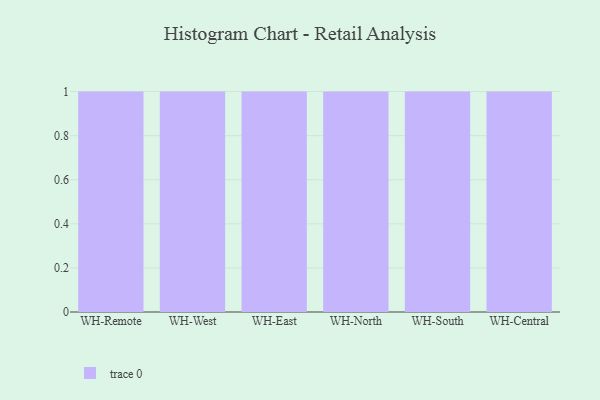
{"axis": {"x": "Warehouse", "y": "Backlog"}, "legend": [""], "data": [{"x": "WH-Remote", "y": 25, "type": ""}, {"x": "WH-West", "y": 78, "type": ""}, {"x": "WH-East", "y": 54, "type": ""}, {"x": "WH-North", "y": 42, "type": ""}, {"x": "WH-South", "y": 63, "type": ""}, {"x": "WH-Central", "y": 34, "type": ""}]}